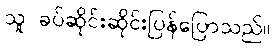
သူ ခပ်ဆိုင်းဆိုင်းပြန်ပြောသည်။